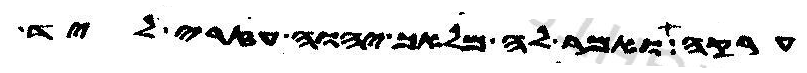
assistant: ערקה ואמר לה מלאך יהוה עזרי ליד